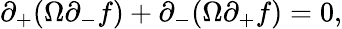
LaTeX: \partial_{+}(\Omega\partial_{-}f)+\partial_{-}(\Omega\partial_{+}f)=0,